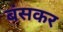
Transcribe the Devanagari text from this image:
बंसकर